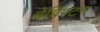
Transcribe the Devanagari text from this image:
बेबिंगटन